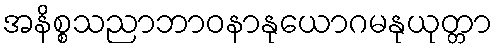
အနိစ္စသညာဘာဝနာနုယောဂမနုယုတ္တာ